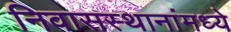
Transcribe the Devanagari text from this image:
निवासस्थानांमध्ये